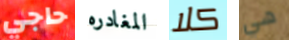
حاجي المغادره كلا هي